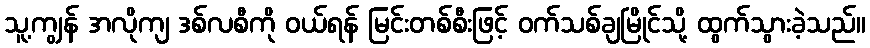
သူ့ကျွန် အလိုကျ ဒစ်လစီကို ဝယ်ရန် မြင်းတစ်စီးဖြင့် ဝက်သစ်ချမြိုင်သို့ ထွက်သွားခဲ့သည်။